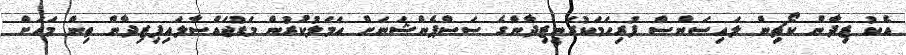
އެކު ޒިދާން ކޯޗިން ލައިސަންސް ފުރިހަމަކުރަނީޒިދާންގެ ސަސްޕެންޝަނަށް އަމަލުކުރުން މަޑުޖައްސާލައިފިޒިދާން ތިން މަހަށް